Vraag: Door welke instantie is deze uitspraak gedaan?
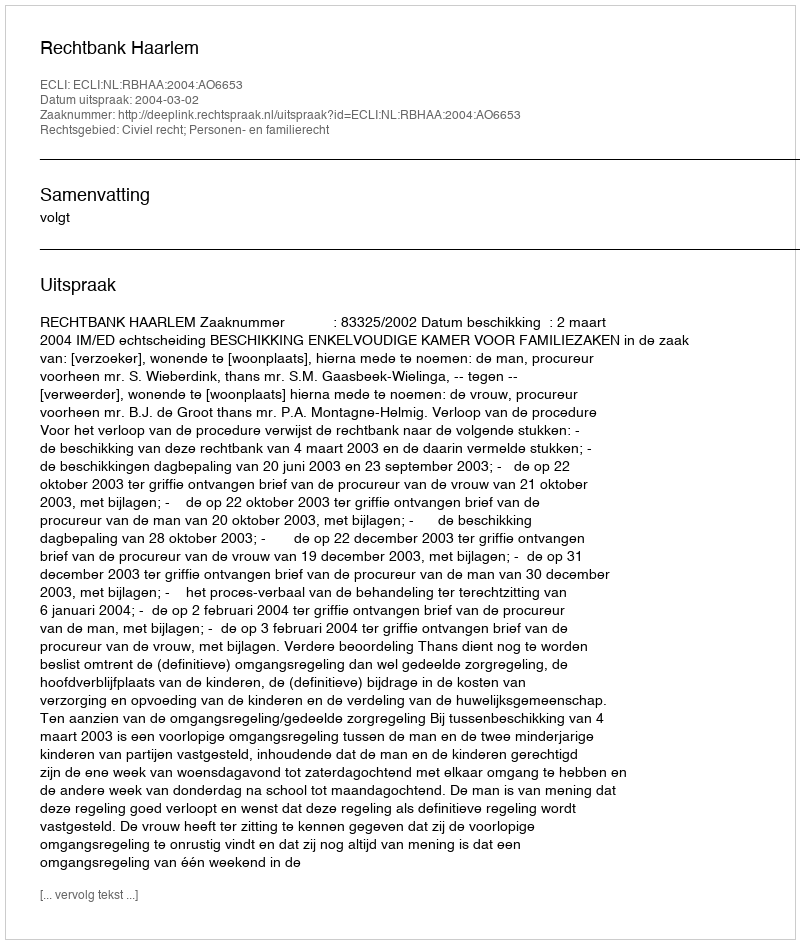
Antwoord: Rechtbank Haarlem